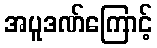
အပူဒဏ်ကြောင့်